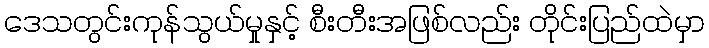
ဒေသတွင်းကုန်သွယ်မှုနှင့် စီးတီးအဖြစ်လည်း တိုင်းပြည်ထဲမှာ